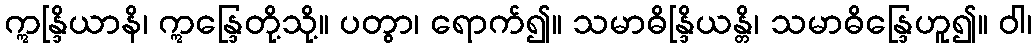
ဣန္ဒြိယာနိ၊ ဣန္ဒြေတို့သို့။ ပတွာ၊ ရောက်၍။ သမာဓိန္ဒြိယန္တိ၊ သမာဓိန္ဒြေဟူ၍။ ဝါ၊